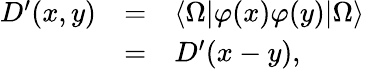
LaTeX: \begin{array}{rcl}{{D^{\prime}(x,y)}}&{{=}}&{{\langle\Omega|\varphi(x)\varphi(y)|\Omega\rangle}}\\ {{}}&{{=}}&{{D^{\prime}(x-y),}}\end{array}